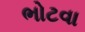
ભોટવા